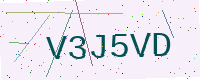
Text: V3J5VD